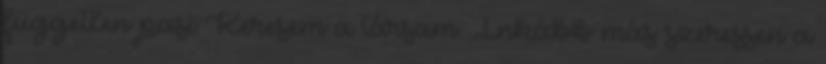
független pasi Keresem a társam. Inkább más szeressen a